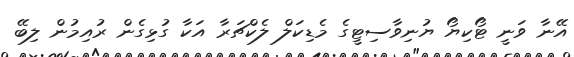
އޭނާ ވަނީ ޓޯކިޔޯ ޔުނިވާސިޓީގެ މެޑިކަލް ލެކްޗަރާ އަކާ ގުޅިގެން ރުއިމުން ލިބޭ